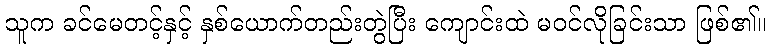
သူက ခင်မေတင့်နှင့် နှစ်ယောက်တည်းတွဲပြီး ကျောင်းထဲ မဝင်လိုခြင်းသာ ဖြစ်၏။